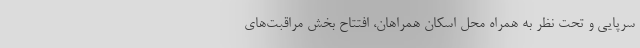
سرپایی و تحت نظر به همراه محل اسکان همراهان، افتتاح بخش مراقبت‌های